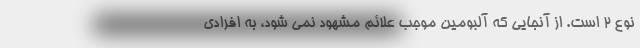
نوع 2 است. از آنجایی که آلبومین موجب علائم مشهود نمی شود، به افرادی